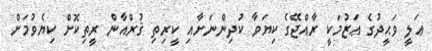
ޢަލީ ވަޙީދުގެ ޢަޒުމަކީ ރާއްޖޭގެ ކިޔަވާ ކުދިންނަށާއި ކީރިތި ޤުރްއާން ރީތިކޮށް ކިޔެވުމަށް